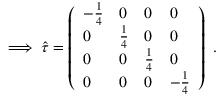
\implies \hat { \tau } = \left( \begin{array} { l l l l } { - \frac { 1 } { 4 } } & { 0 } & { 0 } & { 0 } \\ { 0 } & { \frac { 1 } { 4 } } & { 0 } & { 0 } \\ { 0 } & { 0 } & { \frac { 1 } { 4 } } & { 0 } \\ { 0 } & { 0 } & { 0 } & { - \frac { 1 } { 4 } } \end{array} \right) \mathrm { ~ . ~ }